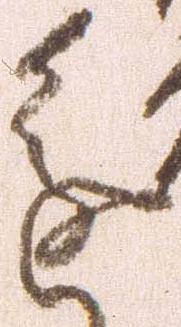
進